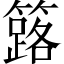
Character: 簬